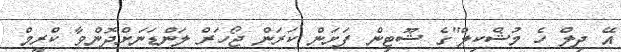
އޭ ދިލް ހެ މުޝްކިލް"ގެ ޝޫޓިން ފަށަން ކަރަން ޖޯހަރް ލަންޑަނަށްދޮންވާ ކްރީމް